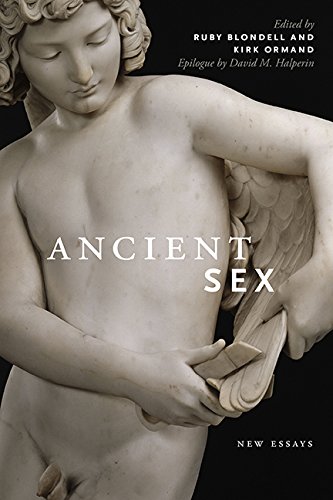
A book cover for Ancient Sex: New Essays (Classical Memories/Modern Identitie); Kirk Ormand; Gay & Lesbian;